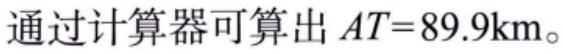
通过计算器可算出 \(AT = 89.9\text{km}\)。